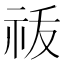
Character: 𬒲